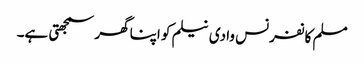
مسلم کانفرنس وادی نیلم کو اپنا گھر سمجھتی ہے۔